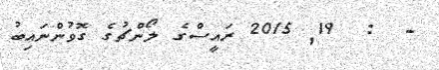
-  :  19